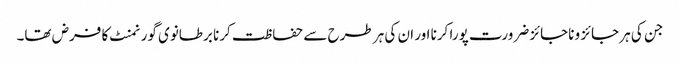
جن کی ہر جائز و ناجائز ضرورت پورا کرنا اور ان کی ہر طرح سے حفاظت کرنا برطانوی گورنمنٹ کا فرض تھا۔